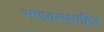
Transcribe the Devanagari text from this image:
भांडवलशाहिने